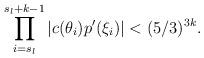
LaTeX: \begin{align*}\prod \limits^{s_l + k-1}_{i = s_l} |c(\theta_i)p'(\xi_i)| < (5/3)^{3k}.\end{align*}